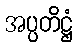
အပ္ပတိဋ္ဌံ